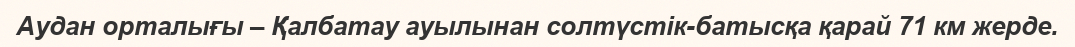
Аудан орталығы – Қалбатау ауылынан солтүстік-батысқа қарай 71 км жерде.